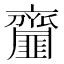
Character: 齏